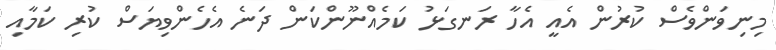
މިނިވަންވެސް ކުރުން އެއީ އެހާ ރަނގަޅު ކަމެއްނޫންކަން ދަނެ އެހެންވިޔަސް ކުރި ކަމާއި